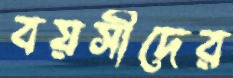
বয়সীদের